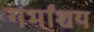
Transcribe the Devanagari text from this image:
गर्भांशय